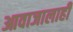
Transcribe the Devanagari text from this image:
आवाजालाही